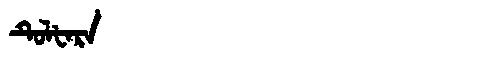
Manchu: ᡨᡠᠯᡶᠠᡵᠠ
Romanization: TULFARA